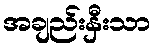
အချည်းနှီးသာ